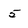
Character: 5